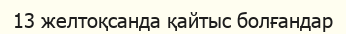
13 желтоқсанда қайтыс болғандар